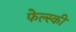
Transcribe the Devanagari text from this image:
फेल्स्की